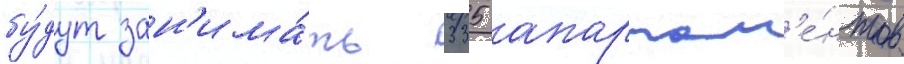
бу́дут зан'има́ть 335 апартам'е́нтов